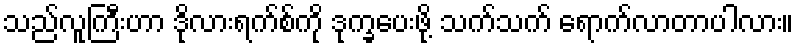
သည်လူကြီးဟာ ဒိုလားရက်စ်ကို ဒုက္ခပေးဖို့ သက်သက် ရောက်လာတာပါလား။